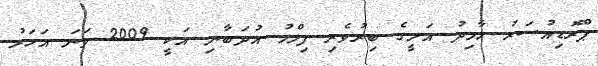
ޕްރޮޑިއުސަރު ހާމިދު އަލީގެ ބިރުވެރި ފިލްމު އުދަބާނި އަކީ 2009 ވަނަ އަހަރު